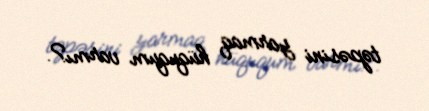
təpəsini yarmaq hüququm varmı?.